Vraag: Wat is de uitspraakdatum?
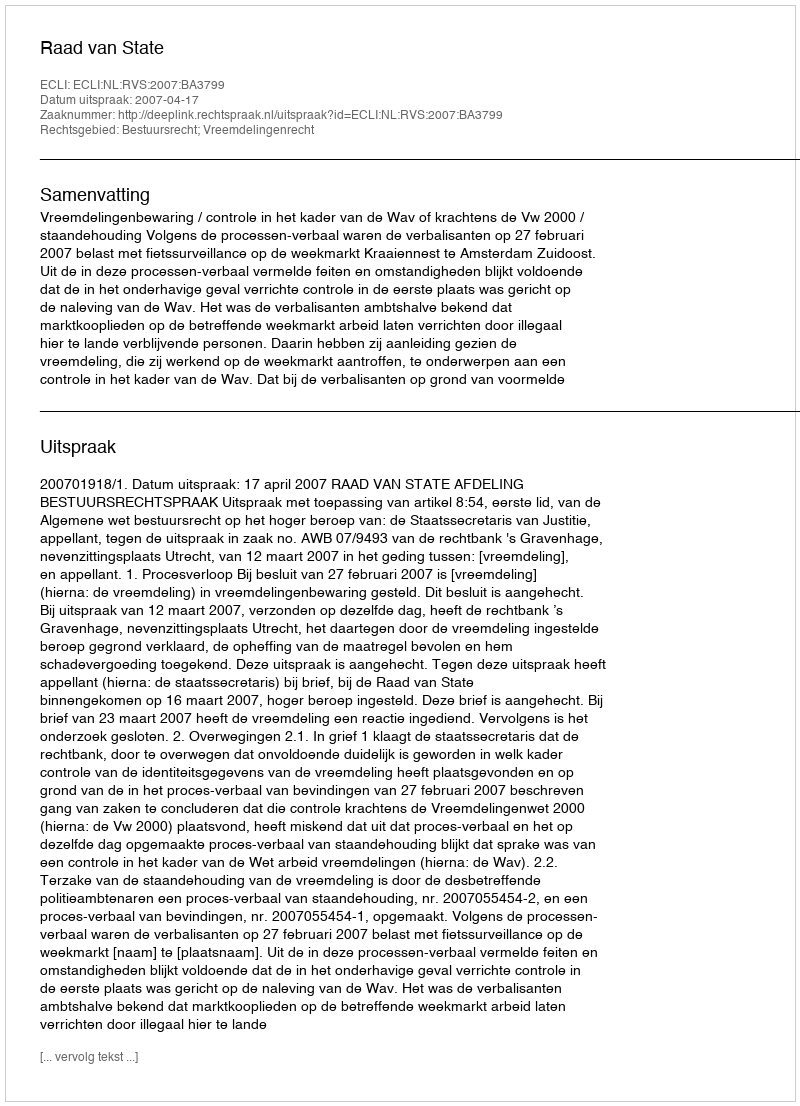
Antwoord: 2007-04-17